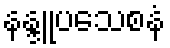
နန္ဒူပသေစနံ